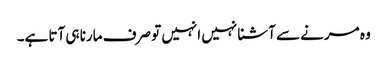
وہ مرنے سے آشنا نہیں انہیں تو صرف مارنا ہی آتا ہے۔